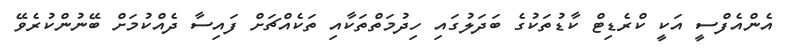
އެންއެފްސީ އަކީ ކްރެޑިޓް ކާޑުތަކުގެ ބަދަލުގައި ހިދުމަތްތަކާއި ތަކެއްޗަށް ފައިސާ ދެއްކުމަށް ބޭނުންކުރެވޭ